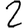
Digit: 2